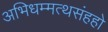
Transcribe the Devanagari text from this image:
अभिधम्मत्थसंहहो